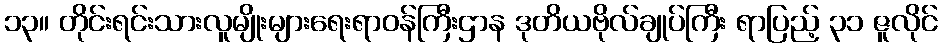
၁၃။ တိုင်းရင်းသားလူမျိုးများရေးရာဝန်ကြီးဌာန ဒုတိယဗိုလ်ချုပ်ကြီး ရာပြည့် ၃၁ ဇူလိုင်